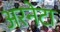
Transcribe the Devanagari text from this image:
अरनेटा